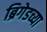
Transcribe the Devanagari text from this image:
ब्रिगेडच्या